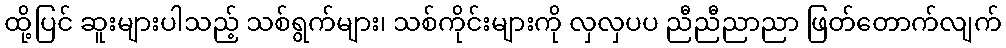
ထို့ပြင် ဆူးများပါသည့် သစ်ရွက်များ၊ သစ်ကိုင်းများကို လှလှပပ ညီညီညာညာ ဖြတ်တောက်လျက်